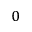
_ 0